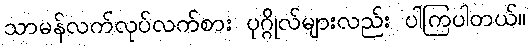
သာမန်လက်လုပ်လက်စား ပုဂ္ဂိုလ်များလည်း ပါကြပါတယ်။